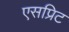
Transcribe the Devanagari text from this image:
एसप्रिट